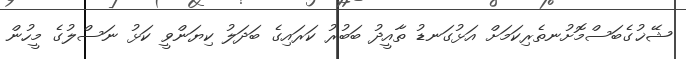
ޝޭޚުގެބަސްމޮށުނތެރިކަމަށް އަޅުގަނޑު ތާއީދު ބަބުރު ކަރައިގެ ބަދަލު ކިޔަންވީ ކަޅު ނަސްލުގެ މީހުން